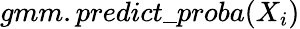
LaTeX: gmm.predict\_ proba(X_{i})